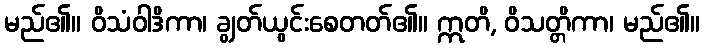
မည်၏။ ဝိသံဝါဒိကာ၊ ချွတ်ယွင်းစေတတ်၏။ ဣတိ, ဝိသတ္တိကာ၊ မည်၏။